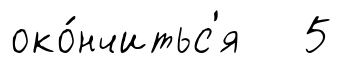
око́нчитьс'я 5